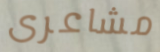
مشاعرى